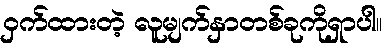
ဝှက်ထားတဲ့ လူမျက်နှာတစ်ခုကိုရှာပါ။